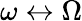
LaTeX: \omega\leftrightarrow\Omega